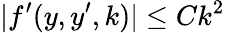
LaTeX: |f^{\prime}(y,y^{\prime},k)|\leq Ck^{2}